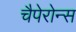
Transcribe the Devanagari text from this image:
चैपेरोन्स